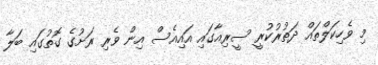
މި ވެހިކަލްތައް ދަތުރުކުރީ ސީރިއާގައި އައިއެސް އިން ވެރި ރަށުގެ ގޮތުގައި ބަލާ